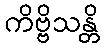
ကိဗ္ဗိသန္တိ